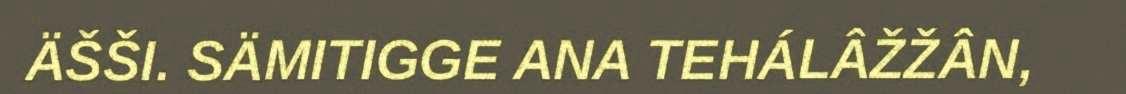
ÄŠŠI. SÄMITIGGE ANA TEHÁLÂŽŽÂN,